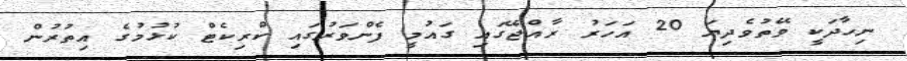
ނިހާދަކީ ވޭތުވެދިޔަ 20 އަހަރު ރާއްޖޭގައި ގައުމީ ފެންވަރުގައި ކްރިކެޓް ކުޅުމުގެ އިތުރުން